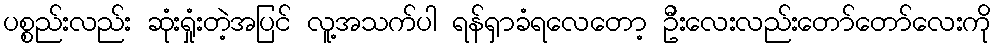
ပစ္စည်းလည်း ဆုံးရှုံးတဲ့အပြင် လူ့အသက်ပါ ရန်ရှာခံရလေတော့ ဦးလေးလည်းတော်တော်လေးကို